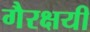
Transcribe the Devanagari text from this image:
गैरक्षयी